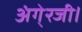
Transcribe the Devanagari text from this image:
अंगे्रजी।